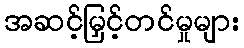
အဆင့်မြှင့်တင်မှုများ